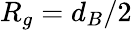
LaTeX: R_{g}=d_{B}/2